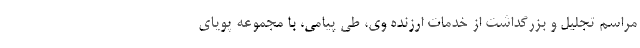
مراسم تجلیل و بزرگداشت از خدمات ارزنده وی، طی پیامی، با مجموعه پویای